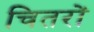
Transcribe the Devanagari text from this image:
चितरों